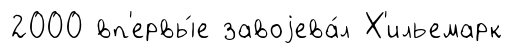
2000 вп'ервы́е завоjева́л Х'ильемарк